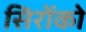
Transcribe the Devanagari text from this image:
सिरोंको